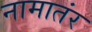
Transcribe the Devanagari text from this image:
नामातंर